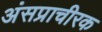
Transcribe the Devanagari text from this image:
अंसप्राचीरक